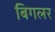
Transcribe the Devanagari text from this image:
बिगलर